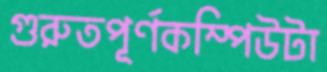
গুরুতপূর্ণকম্পিউটা